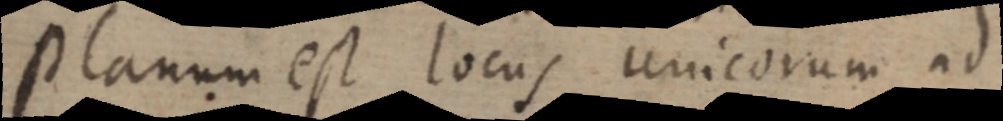
Planum est locus unicorum ad